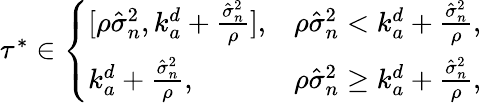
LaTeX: \begin{array}{r}{\tau^{*}\in\left\{ \begin{array}{ll}{[\rho\hat{\sigma}_{n}^{2},k_{a}^{d}+\frac{\hat{\sigma}_{n}^{2}}{\rho}],}&{\rho\hat{\sigma}_{n}^{2}<k_{a}^{d}+\frac{\hat{\sigma}_{n}^{2}}{\rho},}\\ {k_{a}^{d}+\frac{\hat{\sigma}_{n}^{2}}{\rho},}&{\rho\hat{\sigma}_{n}^{2}\geq k_{a}^{d}+\frac{\hat{\sigma}_{n}^{2}}{\rho},}\end{array}\right.}\end{array}